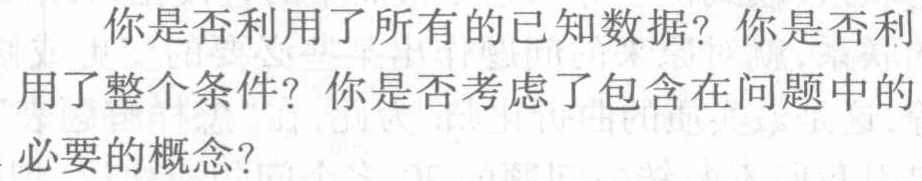
你是否利用了所有的已知数据？你是否利
用了整个条件？你是否考虑了包含在问题中的
必要的概念？